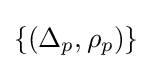
\{(\Delta _{p},\rho _{p})\}